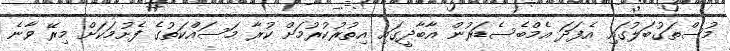
މުސްތަގުބަލުގައި އެފަދަ އެމްބެސެޑަރުން އާބާދީގައި އިތުރުކުރުމަށް ކުރާ މަސައްކަތުގެ ފެށުމަކަށް މިރޭ ވާނެ